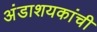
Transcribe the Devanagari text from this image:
अंडाशयकांची